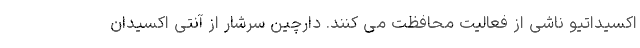
اکسیداتیو ناشی از فعالیت محافظت می کنند. دارچین سرشار از آنتی اکسیدان